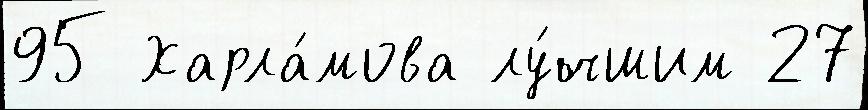
95 Харла́мова лу́чшим 27